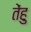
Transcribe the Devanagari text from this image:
तेंहु